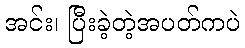
အင်း၊ ပြီးခဲ့တဲ့အပတ်ကပဲ